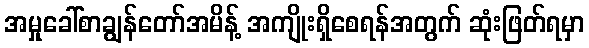
အမှုခေါ်စာချွန်တော်အမိန့် အကျိုးရှိစေရန်အတွက် ဆုံးဖြတ်ရမှာ